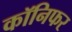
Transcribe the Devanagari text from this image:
कॉनिफर